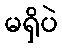
မရှိပဲ